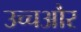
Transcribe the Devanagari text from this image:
उच्चऔर